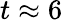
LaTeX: t\approx 6